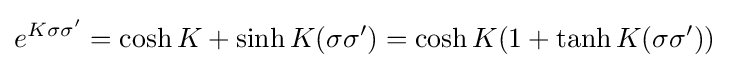
e^{K\sigma \sigma '}=\cosh K+\sinh K(\sigma \sigma ')=\cosh K(1+\tanh K(\sigma \sigma '))